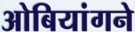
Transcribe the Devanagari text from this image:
ओबियांगने